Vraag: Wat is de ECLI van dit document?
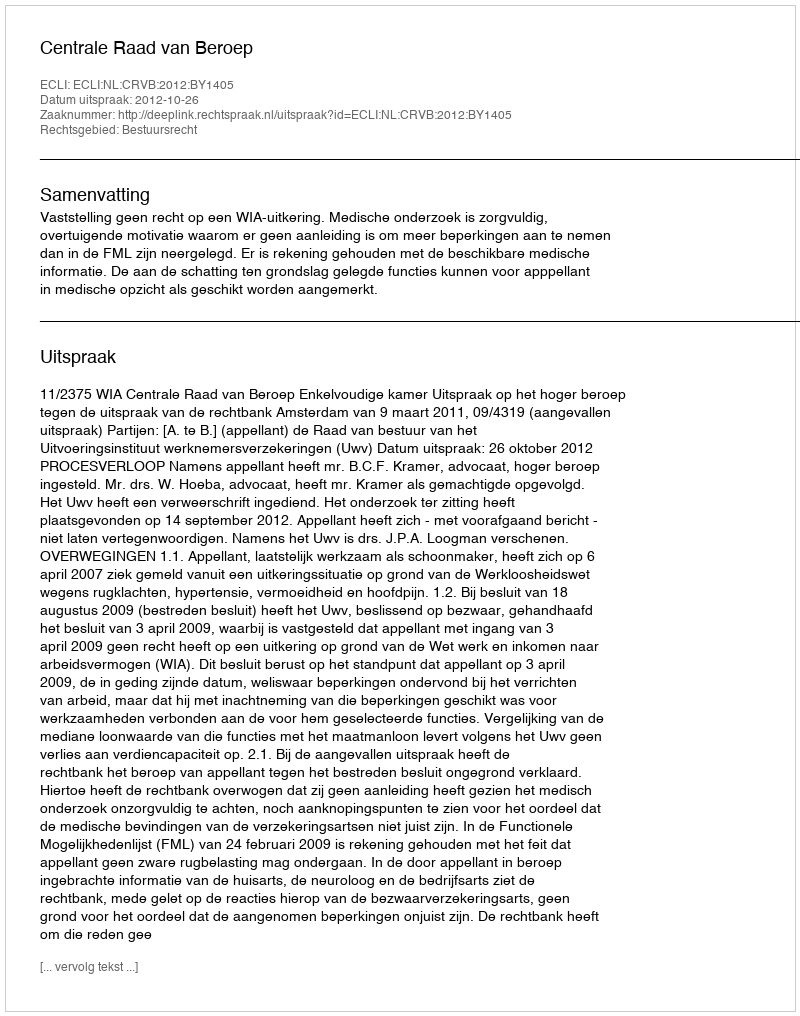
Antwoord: ECLI:NL:CRVB:2012:BY1405